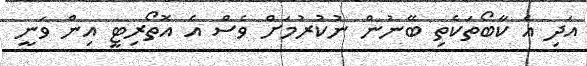
އަދި އެ ކާބޯތަކެތި ބޭނުން ނުކުރުމަށް ވެސް އެ އޮތޯރިޓީ އިން ވަނީ